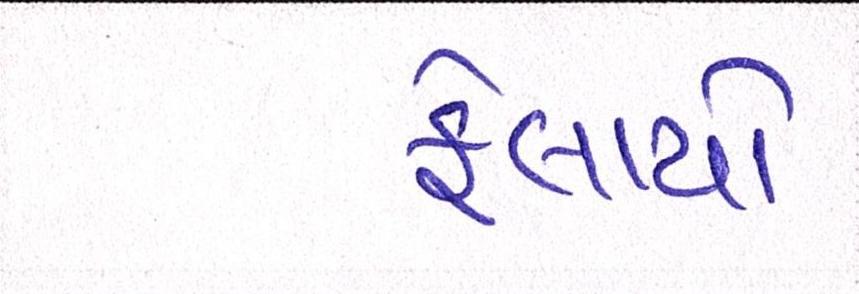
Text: ફેલાયો